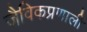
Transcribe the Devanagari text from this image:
जैविकप्रणाली